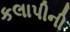
કલાપીની